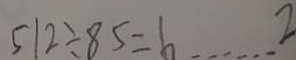
5 1 2 \div 8 5 = 6 \cdots 2